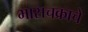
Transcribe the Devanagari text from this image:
भासचक्राचे